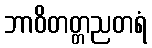
ဘာဝိတတ္တညတရံ